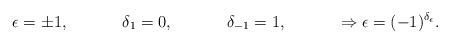
LaTeX: \begin{align*}&\epsilon=\pm1,&\delta_1=0,&&\delta_{-1}=1,&&\Rightarrow \epsilon=(-1)^{\delta_\epsilon}. \end{align*}